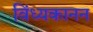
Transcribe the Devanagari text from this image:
विंध्यकानन